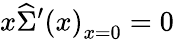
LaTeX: x\widehat{\Sigma}^{\prime}\left(x\right)_{x=0}=0